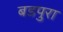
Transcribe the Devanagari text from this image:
बडपुरा